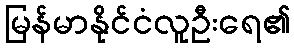
မြန်မာနိုင်ငံလူဦးရေ၏